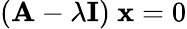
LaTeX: (\mathbf{A}-\lambda\mathbf{I})~\mathbf{x}=0